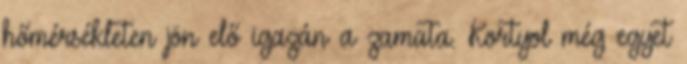
hőmérsékleten jön elő igazán a zamata. Kortyol még egyet